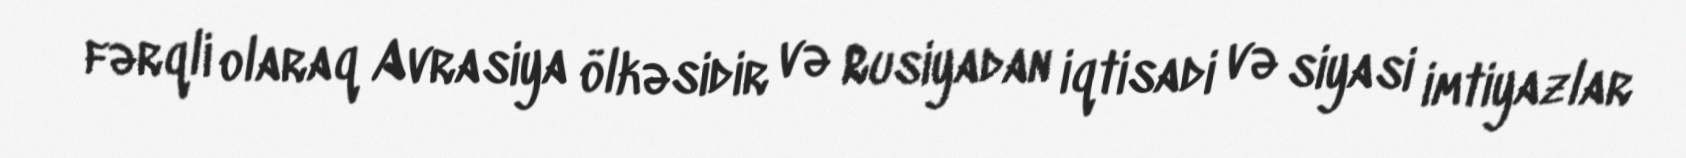
fərqli olaraq Avrasiya ölkəsidir və Rusiyadan iqtisadi və siyasi imtiyazlar